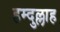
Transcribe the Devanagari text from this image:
हम्दुल्लाह